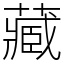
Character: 藏